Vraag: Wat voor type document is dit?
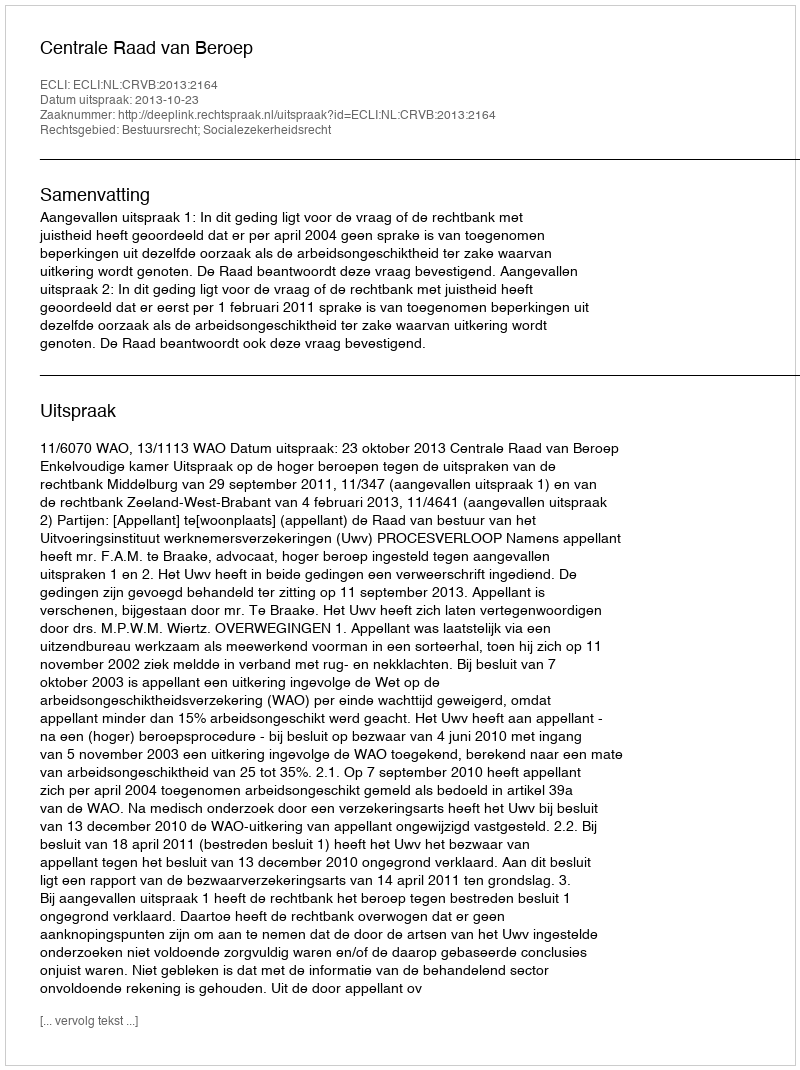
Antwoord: Uitspraak